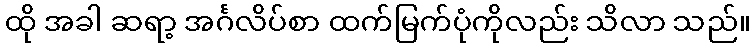
ထို အခါ ဆရာ့ အင်္ဂလိပ်စာ ထက်မြက်ပုံကိုလည်း သိလာ သည်။